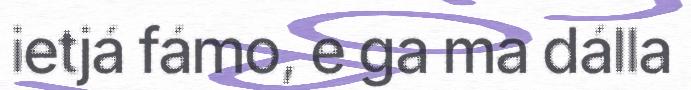
ietjá fámo, e ga ma dálla